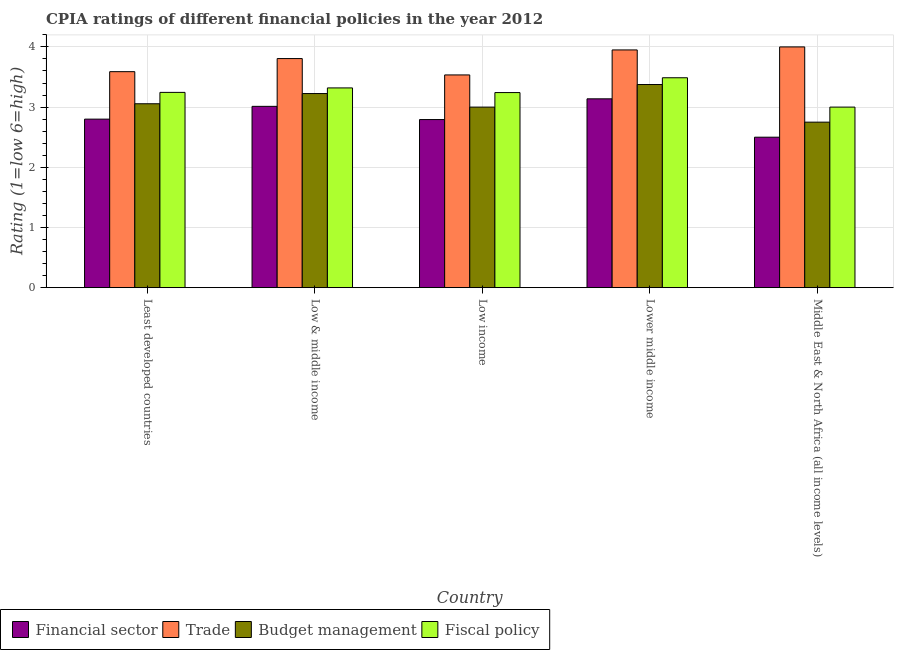
| Country | Financial sector | Trade | Budget management | Fiscal policy |
 | --- | --- | --- | --- | --- |
 | Least developed countries | 2.8 | 3.59 | 3.06 | 3.24 |
 | Low & middle income | 3.01 | 3.81 | 3.23 | 3.32 |
 | Low income | 2.79 | 3.53 | 3 | 3.24 |
 | Lower middle income | 3.14 | 3.95 | 3.38 | 3.49 |
 | Middle East & North Africa (all income levels) | 2.5 | 4 | 2.75 | 3 |